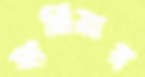
হার্নিয়ার